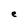
Character: e